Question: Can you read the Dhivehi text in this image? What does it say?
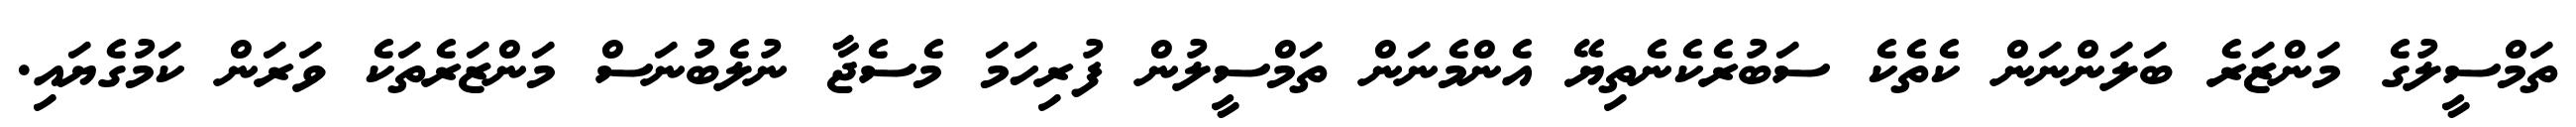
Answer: ތަމްސީލުގެ މަންޒަރެ ބަލަންނަން ކެތެކެ ސަބުރެކެނެތިޔޭ އެންމެނަން ތަމްސީލުން ފުރިހަމަ މެސެޖާ ނުލެބުނަސް މަންޒަރެތަކެ ވަރަން ކަމުގެޔައި.